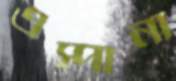
এস্পানা